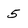
Character: 5